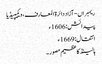
ریمبراں - آزاد دائرۃ المعارف، ویکیپیڈیا
پیدائش: 1606ء
انتقال: 1669ء
ہالینڈ کا عظیم مصور ۔